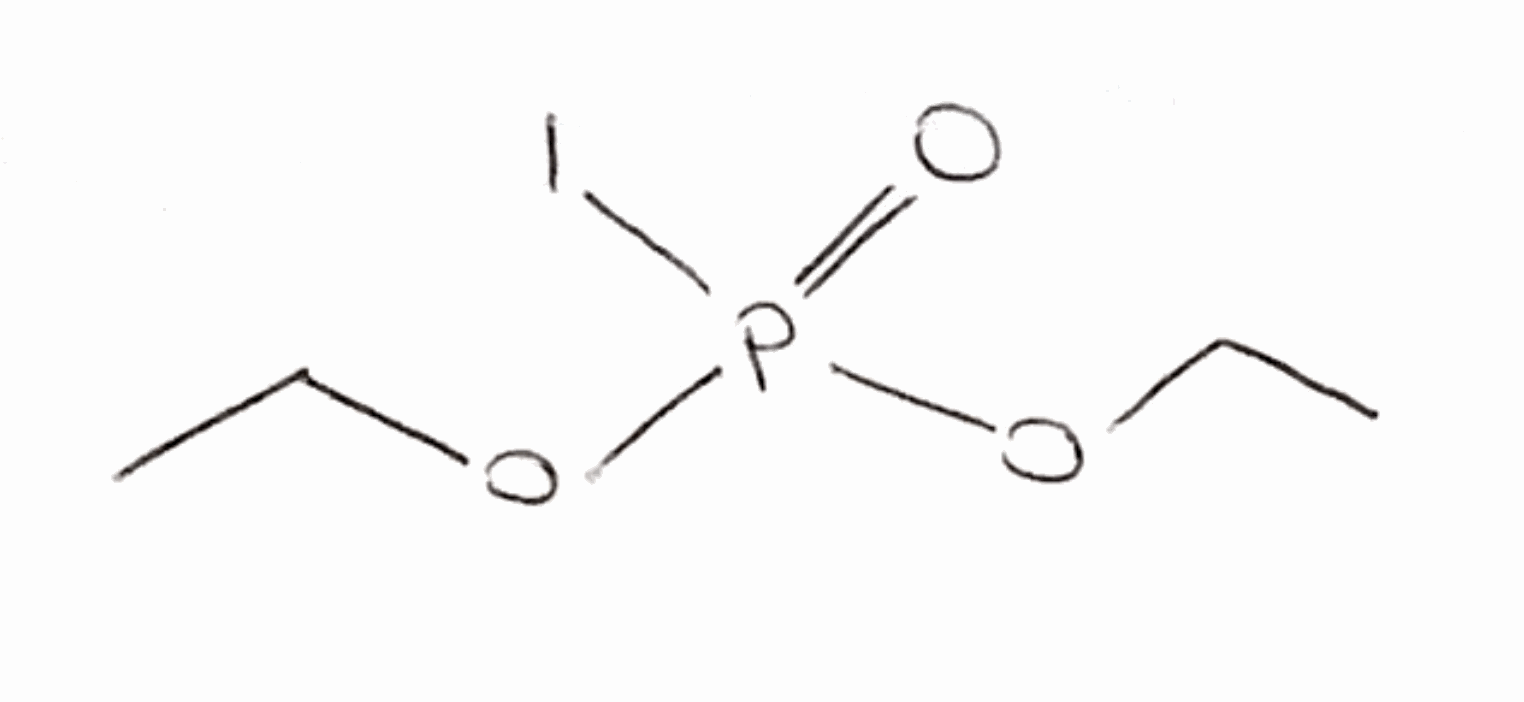
Simplified molecular-input line-entry system (SMILES) notation of the given molecule:
CCOP(=O)(OCC)I